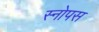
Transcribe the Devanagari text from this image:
स्नोपस